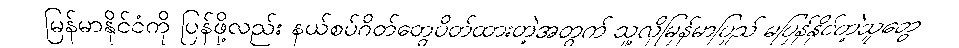
မြန်မာနိုင်ငံကို ပြန်ဖို့လည်း နယ်စပ်ဂိတ်တွေပိတ်ထားတဲ့အတွက် သူ့လိုမြန်မာပြည် မပြန်နိုင်တဲ့သူတွေ